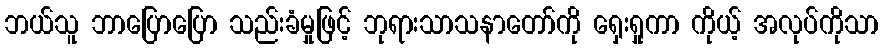
ဘယ်သူ ဘာပြောပြော သည်းခံမှုဖြင့် ဘုရားသာသနာတော်ကို ရှေးရှုကာ ကိုယ့် အလုပ်ကိုသာ